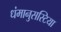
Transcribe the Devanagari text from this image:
धंमानुसस्टिया